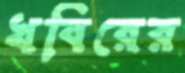
খবিরের